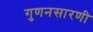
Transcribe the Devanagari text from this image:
गुणनसारणी